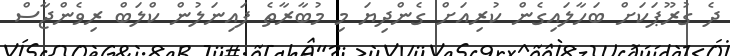
ދެ ގުރޫޕަކަށް ބަހާލައިގެން ކުރިއަށް ގެންދިޔަ މި މުބާރާތެ ފައިނަލުން ކްލަބް ރިވެންޖާސް